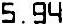
5.94